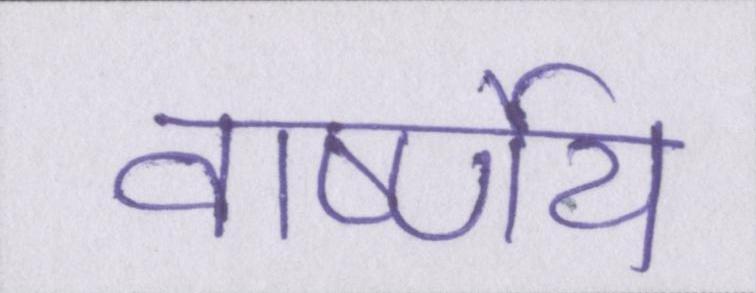
वार्ष्णेय